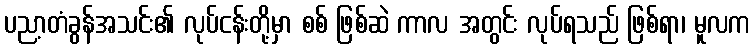
ပညာ့တံခွန်အသင်း၏ လုပ်ငန်းတို့မှာ စစ် ဖြစ်ဆဲ ကာလ အတွင်း လုပ်ရသည် ဖြစ်ရာ၊ မူလက